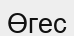
Өгес